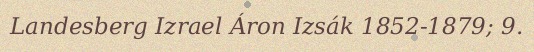
Landesberg Izrael Áron Izsák 1852-1879; 9.